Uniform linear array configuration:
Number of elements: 8
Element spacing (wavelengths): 0.5
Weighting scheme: kaiser
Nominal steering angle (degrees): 60
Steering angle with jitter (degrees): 58.47
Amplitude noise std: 0.05
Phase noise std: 0.05

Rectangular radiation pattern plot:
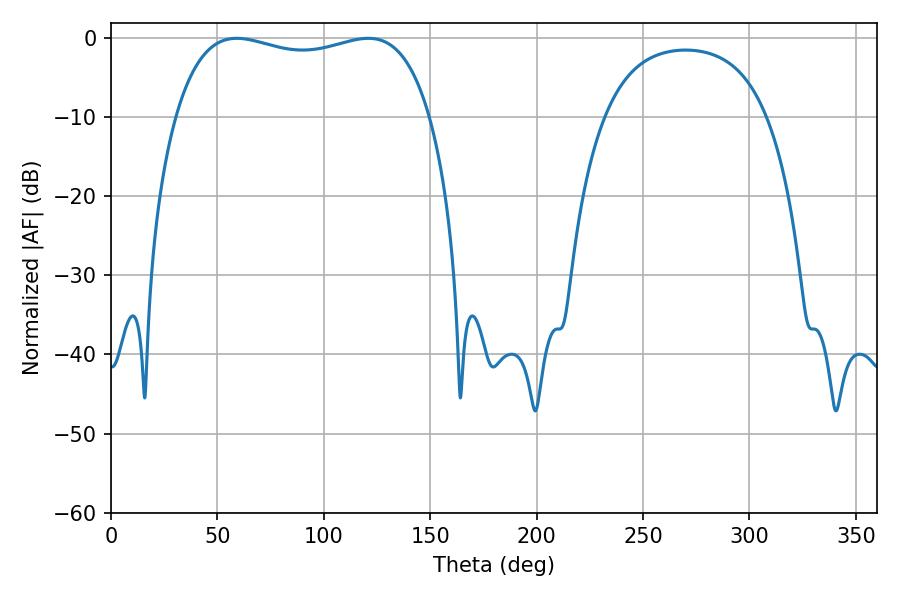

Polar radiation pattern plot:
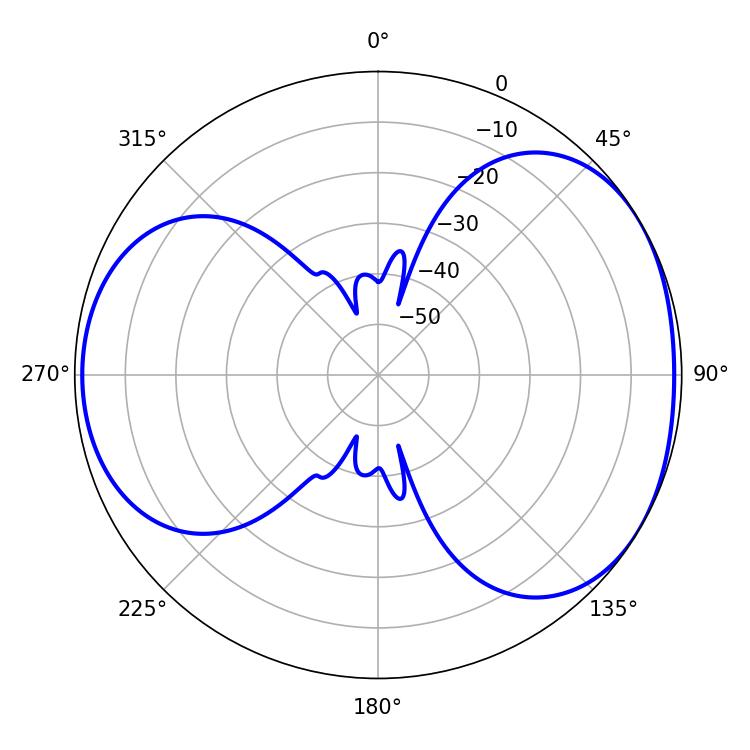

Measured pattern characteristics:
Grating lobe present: FALSE
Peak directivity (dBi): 4.451
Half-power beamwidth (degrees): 97.56
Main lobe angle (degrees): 59.04